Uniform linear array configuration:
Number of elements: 8
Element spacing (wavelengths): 0.75
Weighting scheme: hann
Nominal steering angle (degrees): -30
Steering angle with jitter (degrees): -30.047
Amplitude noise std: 0.05
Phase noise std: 0.05

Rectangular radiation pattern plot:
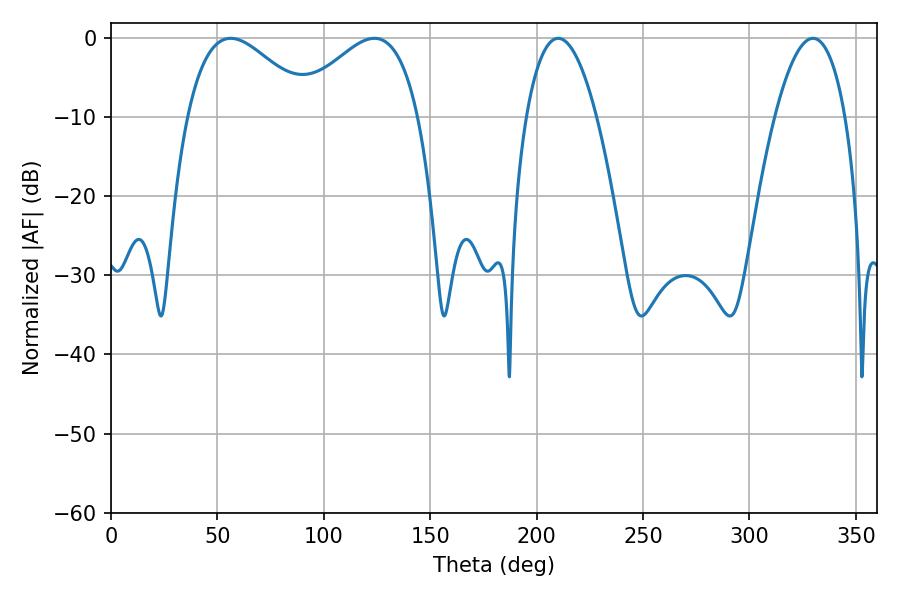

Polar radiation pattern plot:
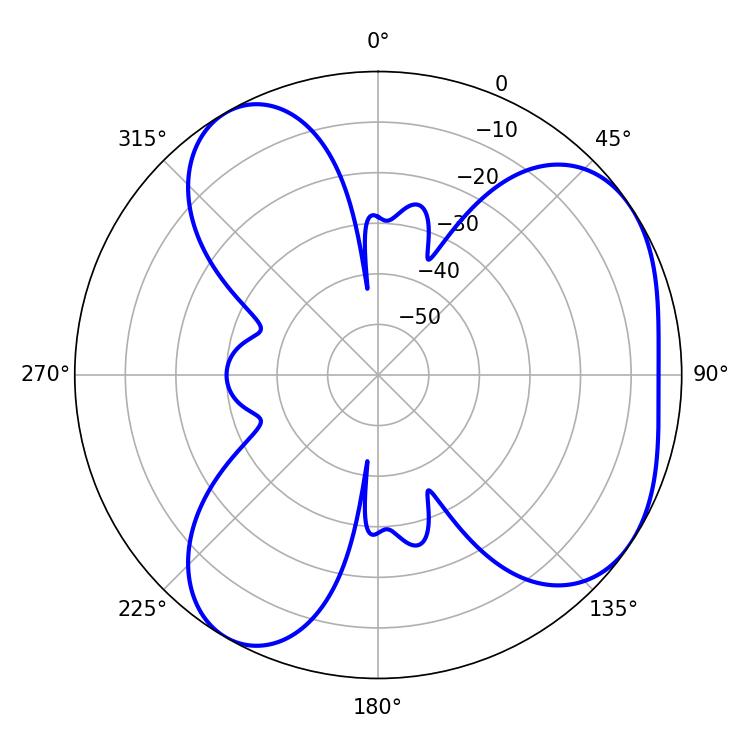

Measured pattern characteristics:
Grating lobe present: TRUE
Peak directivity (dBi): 4.854
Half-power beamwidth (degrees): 31.86
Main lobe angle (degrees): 56.16